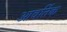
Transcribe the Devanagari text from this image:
आवर्तिक